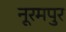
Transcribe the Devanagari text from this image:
नूरमपुर